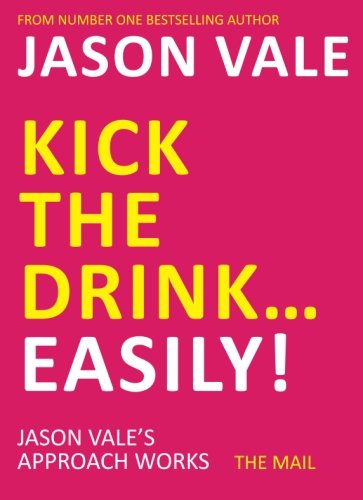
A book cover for Kick the Drink...Easily!; Jason Vale; Health, Fitness & Dieting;